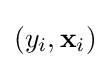
(y_{i},\mathbf {x} _{i})